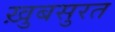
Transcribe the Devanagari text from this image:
ख़ुबसुरत